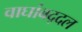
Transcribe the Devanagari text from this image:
वाघांबद्दल